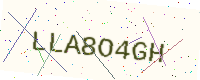
Text: LLA8O4GH